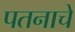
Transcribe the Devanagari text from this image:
पतनाचे